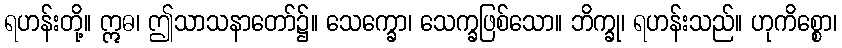
ရဟန်းတို့။ ဣဓ၊ ဤသာသနာတော်၌။ သေက္ခော၊ သေက္ခဖြစ်သော။ ဘိက္ခု၊ ရဟန်းသည်။ ဟုကိစ္စော၊